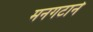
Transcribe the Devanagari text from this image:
मनगटाने